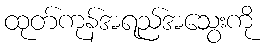
ထုတ်ကုန်အရည်အသွေးကို